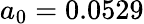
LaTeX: a_{0}=0.0529